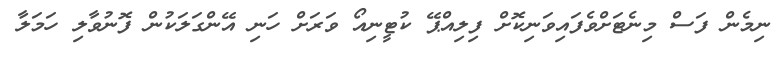
ނިމެން ފަސް މިނެޓަށްވެފައިވަނިކޮށް ފިލިއްޕޭ ކުޓީނިއޯ ވަރަށް ހަނި އޭންގަލަކުން ފޮނުވާލި ހަމަލާ